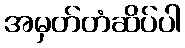
အမှတ်တံဆိပ်ပါ